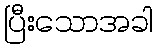
ပြီးသောအခါ